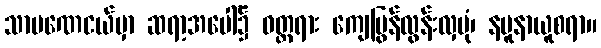
သာမဏေငယ်မှာ ဆရာ့အပေါ်၌ ဝတ္တရား ကျေပြွန်လွန်းလှပုံ၊ နမူနာယူစရာ။